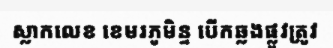
ស្លាកលេខ ខេមរភូមិន្ទ បើកឆ្លងផ្លូវត្រូវ